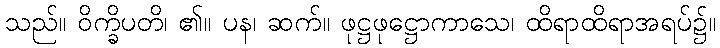
သည်။ ဝိက္ခိပတိ၊ ၏။ ပန၊ ဆက်။ ဖုဋ္ဌဖုဋ္ဌောကာသေ၊ ထိရာထိရာအရပ်၌။